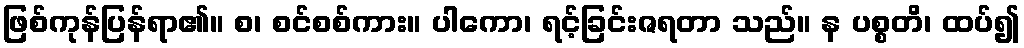
ဖြစ်ကုန်ပြန်ရာ၏။ စ၊ စင်စစ်ကား။ ပါကော၊ ရင့်ခြင်းဇရတာ သည်။ န ပစ္စတိ၊ ထပ်၍